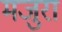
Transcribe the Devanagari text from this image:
मजुरा